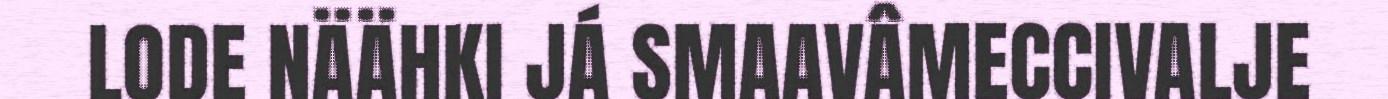
LODE NÄÄHKI JÁ SMAAVÂMECCIVALJE